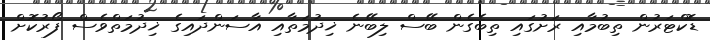
ޑޮކްޓަރުން ތިބުމާއި ރަށުގައި ތިބެގެން ބޭސް ލިބޭނެ ޚިދުމަތާއި އާސަންދައިގެ ޚިދުމަތްވެސް ފޯރުކޮށް